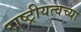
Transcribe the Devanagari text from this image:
राष्ट्रीयत्वच्या